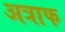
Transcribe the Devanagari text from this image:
अत्राफ